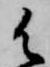
御